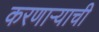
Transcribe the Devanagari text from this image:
करणाऱ्याची